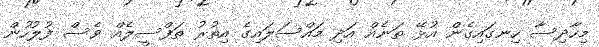
މިހާދިސާ ހިނގައިގެން އުޅޭ ތަނެއް އަދި މައްސަލައިގެ އިތުރު ތަފްސީލެއް ވެސް ފުލުހުން